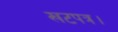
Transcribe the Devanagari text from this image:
खटपत्र।